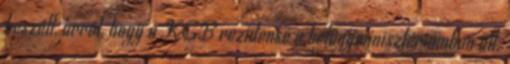
beszélt, arról, hogy a KGB rezidense a belügyminisztériumban ült.